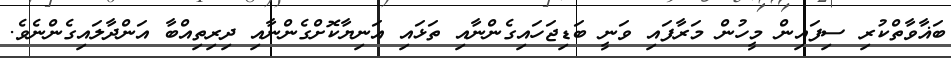
ބަޣާވާތްކުރި ސިފައިން މީހުން މަރާފައި ވަނީ ބަޑިޖަހައިގެންނާއި ތަޅައި އަނިޔާކޮށްގެންނާއި ދިރިތިއްބާ އަންދާލައިގެންނެވެ.